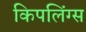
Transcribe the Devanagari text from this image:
किपलिंग्स